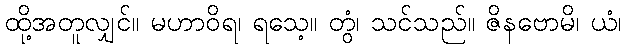
ထို့အတူလျှင်။ မဟာဝိရ၊ ရသေ့။ တွံ၊ သင်သည်။ ဇိနဗောမိ၊ ယံ၊